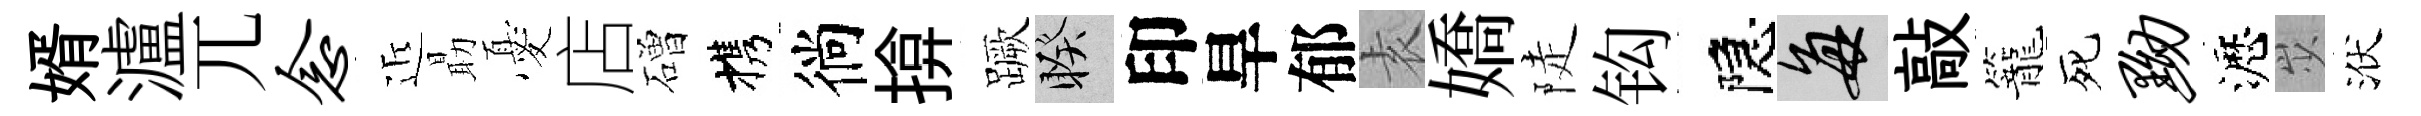
婿瀘兀念近朂憂店磳携徜揜蹶睽印旱郁𡊮嬌陡钩隠每敲籠死黝瀝𡵯洑